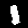
Digit: 1